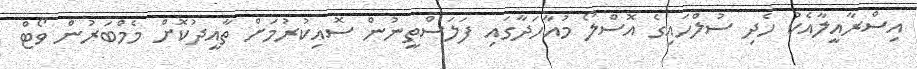
އިސްރާއީލާއެކު ހެދި ސުލްހައިގެ އޮސްލޯ މުއާހަދާގައި ފަލަސްތީނުން ސޮއިކުރުމަށް ތާއީދުކޮށް މެމްބަރުން ވޯޓް